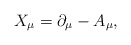
\begin{align*}X_{\mu } = \partial _{\mu } - A_{\mu } , \end{align*}